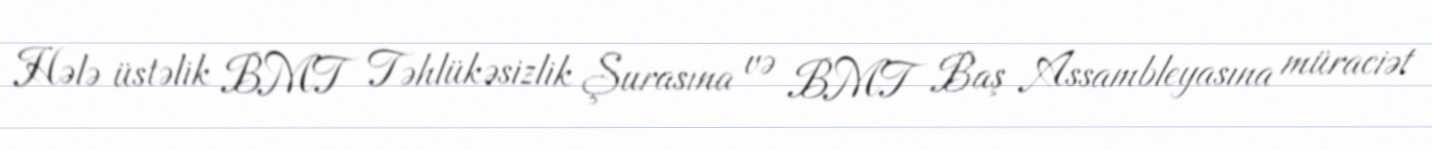
Hələ üstəlik BMT Təhlükəsizlik Şurasına və BMT Baş Assambleyasına müraciət